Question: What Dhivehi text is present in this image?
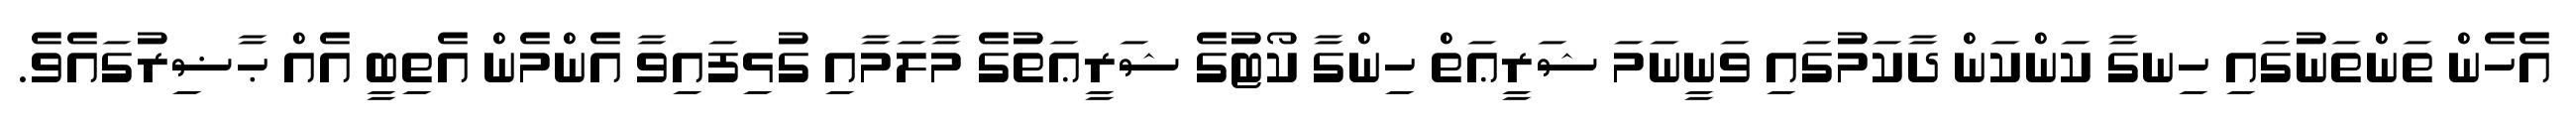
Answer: އެހެން ތަންތަނުގައި ހިނގާ ކަންކަން ދާކަމުގައި ވަނީނަމަ ޝަރީޢަތް ހިންގާ ކޯޓުގެ ޝަރީޢަތުގެ މާލަމާއި ގުޅިފައިވާ އެންމެން އެތިބީ އެއް ޙާޟިރުގައެވެ.